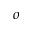
o